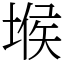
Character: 堠